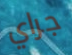
جراي